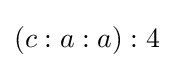
(c:a:a):4